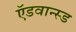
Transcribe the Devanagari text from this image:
ऍडवान्स्ड